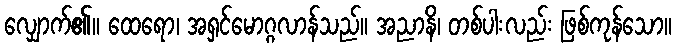
လျှောက်၏။ ထေရော၊ အရှင်မောဂ္ဂလာန်သည်။ အညာနိ၊ တစ်ပါးလည်း ဖြစ်ကုန်သော။